Civil Veterinary Dept. Bombay admin report 1923-31 - 1923-1931
Year: 1923
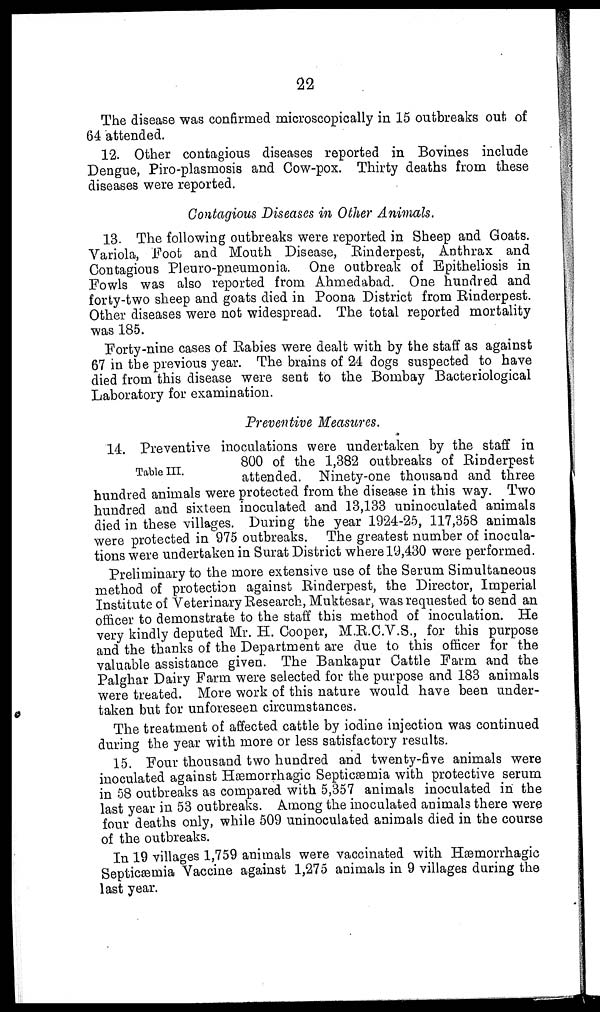
22
The disease was confirmed microscopically in 15 outbreaks out of
64 attended.
12. Other contagious diseases reported in Bovines include
Dengue, Piro-plasmosis and Cow-pox. Thirty deaths from these
diseases were reported.
Contagious Diseases in Other Animals.
13. The following outbreaks were reported in Sheep and Goats.
Variola, Foot and Mouth Disease, Rinderpest, Anthrax and
Contagious Pleuro-pneumonia. One outbreak of Epitheliosis in
Fowls was also reported from Ahmedabad. One hundred and
forty-two sheep and goats died in Poona District from Rinderpest.
Other diseases were not widespread. The total reported mortality
was 185.
Forty-nine cases of Rabies were dealt with by the staff as against
67 in the previous year. The brains of 24 dogs suspected to have
died from this disease were sent to the Bombay Bacteriological
Laboratory for examination.
Preventive Measures.
Table III.
14. Preventive inoculations were undertaken by the staff in
800 of the 1,382 outbreaks of Rinderpest
attended. Ninety-one thousand and three
hundred animals were protected from the disease in this way. Two
hundred and sixteen inoculated and 13,133 uninoculated animals
died in these villages. During the year 1924-25, 117,358 animals
were protected in 975 outbreaks. The greatest number of inocula-
tions were undertaken in Surat District where 19,430 were performed.
Preliminary to the more extensive use of the Serum Simultaneous
method of protection against Rinderpest, the Director, Imperial
Institute of Veterinary Research, Muktesar, was requested to send an
officer to demonstrate to the staff this method of inoculation. He
very kindly deputed Mr. H. Cooper, M.R.C.V.S., for this purpose
and the thanks of the Department are due to this officer for the
valuable assistance given. The Bankapur Cattle Farm and the
Palghar Dairy Farm were selected for the purpose and 183 animals
were treated. More work of this nature would have been under-
taken but for unforeseen circumstances.
The treatment of affected cattle by iodine injection was continued
during the year with more or less satisfactory results.
15. Four thousand two hundred and twenty-five animals were
inoculated against Hæmorrhagic Septicæmia with protective serum
in 58 outbreaks as compared with 5,357 animals inoculated in the
last year in 53 outbreaks. Among the inoculated animals there were
four deaths only, while 509 uninoculated animals died in the course
of the outbreaks.
In 19 villages 1,759 animals were vaccinated with Hæmorrhagic
Septicæmia Vaccine against 1,275 animals in 9 villages during the
last year.